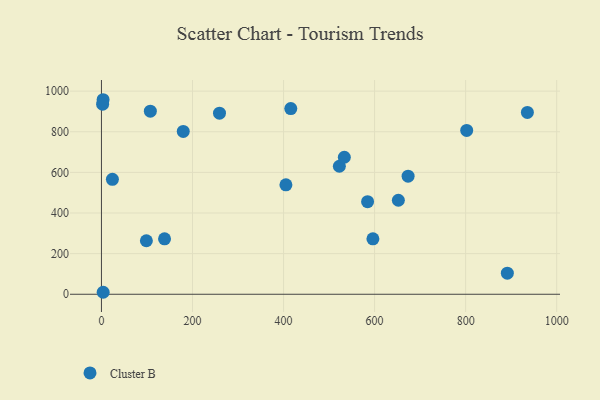
{"axis": {"x": "Study Hours", "y": "Rating"}, "legend": ["Cluster B"], "data": [{"x": "415.9", "y": 914.2, "type": "Cluster B"}, {"x": "522.6", "y": 630.2, "type": "Cluster B"}, {"x": "596.3", "y": 272.7, "type": "Cluster B"}, {"x": "935.6", "y": 895.2, "type": "Cluster B"}, {"x": "584.6", "y": 456.0, "type": "Cluster B"}, {"x": "107.4", "y": 901.1, "type": "Cluster B"}, {"x": "673.6", "y": 581.5, "type": "Cluster B"}, {"x": "891.6", "y": 103.8, "type": "Cluster B"}, {"x": "802.3", "y": 806.7, "type": "Cluster B"}, {"x": "3.8", "y": 9.7, "type": "Cluster B"}, {"x": "533.5", "y": 674.6, "type": "Cluster B"}, {"x": "3.6", "y": 957.7, "type": "Cluster B"}, {"x": "138.6", "y": 272.8, "type": "Cluster B"}, {"x": "98.7", "y": 263.3, "type": "Cluster B"}, {"x": "405.2", "y": 538.7, "type": "Cluster B"}, {"x": "259.3", "y": 891.6, "type": "Cluster B"}, {"x": "2.6", "y": 935.7, "type": "Cluster B"}, {"x": "179.7", "y": 801.5, "type": "Cluster B"}, {"x": "652.2", "y": 462.7, "type": "Cluster B"}, {"x": "24.1", "y": 565.8, "type": "Cluster B"}]}